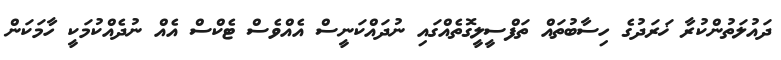
ދައުލަތުންކުރާ ޚަރަދުގެ ހިސާބުތައް ތަފްސީލީގޮތެއްގައި ނުދައްކަނީސް އެއްވެސް ޓެކްސް އެއް ނުދެއްކުމަކީ ހާމަކަން